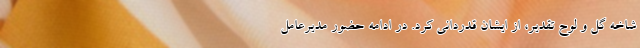
شاخه گل و لوح تقدیر، از ایشان قدردانی کرد. در ادامه حضور مدیرعامل